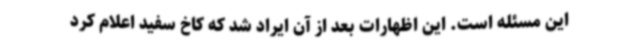
این مسئله است. این اظهارات بعد از آن ایراد شد که کاخ سفید اعلام کرد